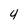
Character: 4